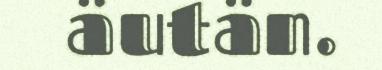
äutän.